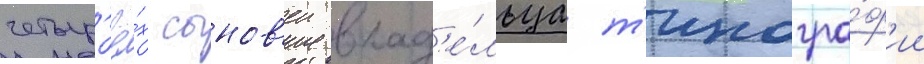
четыр'ё́х сынов'еи влад'е́льца т'ипогра́ф'ии